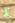
لا